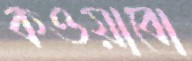
কওয়াবো